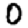
Digit: 0